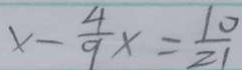
x - \frac { 4 } { 9 } x = \frac { 1 0 } { 2 1 }